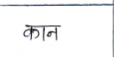
मजकूर: कान